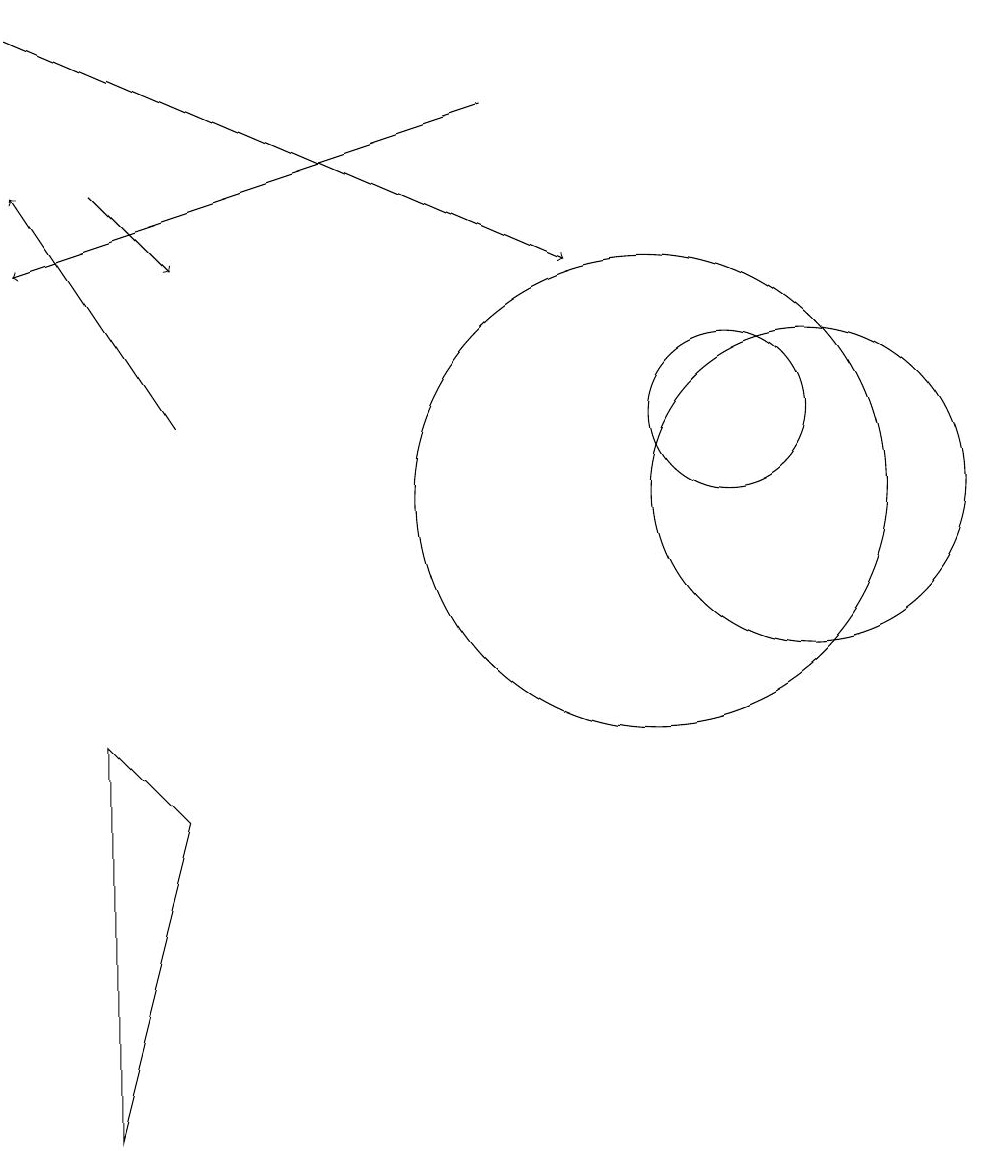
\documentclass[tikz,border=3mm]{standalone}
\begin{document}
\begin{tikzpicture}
\draw[->] (8,15) -- (2,13);
\draw (11,11) circle (1);
\draw[->] (3,14) -- (4,13);
\draw[->] (4,11) -- (2,14);
\draw (10,10) circle (3);
\draw (12,10) circle (2);
\draw (3,7) -- (4,6) -- (3,2) -- cycle;
\draw[->] (2,16) -- (9,13);
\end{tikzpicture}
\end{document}